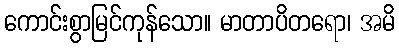
ကောင်းစွာမြင်ကုန်သော။ မာတာပိတရော၊ အမိ